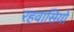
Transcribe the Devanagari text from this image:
रहवासियो